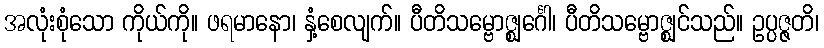
အလုံးစုံသော ကိုယ်ကို။ ဖရမာနော၊ နှံ့စေလျက်။ ပီတိသမ္ဗောဇ္ဈင်္ဂေါ၊ ပီတိသမ္ဗောဇ္ဈင်သည်။ ဥပ္ပဇ္ဇတိ၊